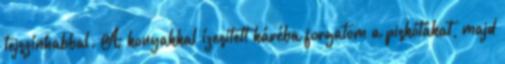
tejszínhabbal. A konyakkal ízesített kávéba forgatom a piskótákat, majd